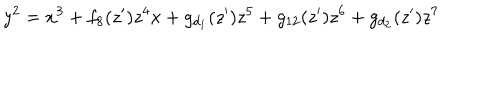
LaTeX: y ^ { 2 } = x ^ { 3 } + f _ { 8 } ( z ^ { \prime } ) z ^ { 4 } x + g _ { d _ { 1 } } ( z ^ { \prime } ) z ^ { 5 } + g _ { 1 2 } ( z ^ { \prime } ) z ^ { 6 } + g _ { d _ { 2 } } ( z ^ { \prime } ) z ^ { 7 }